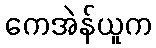
ကေအဲန်ယူက